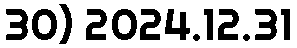
30) 2024.12.31